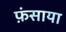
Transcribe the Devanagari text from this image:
फ़ंसाया